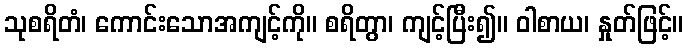
သုစရိတံ၊ ကောင်းသောအကျင့်ကို။ စရိတွာ၊ ကျင့်ပြီး၍။ ဝါစာယ၊ နှုတ်ဖြင့်။